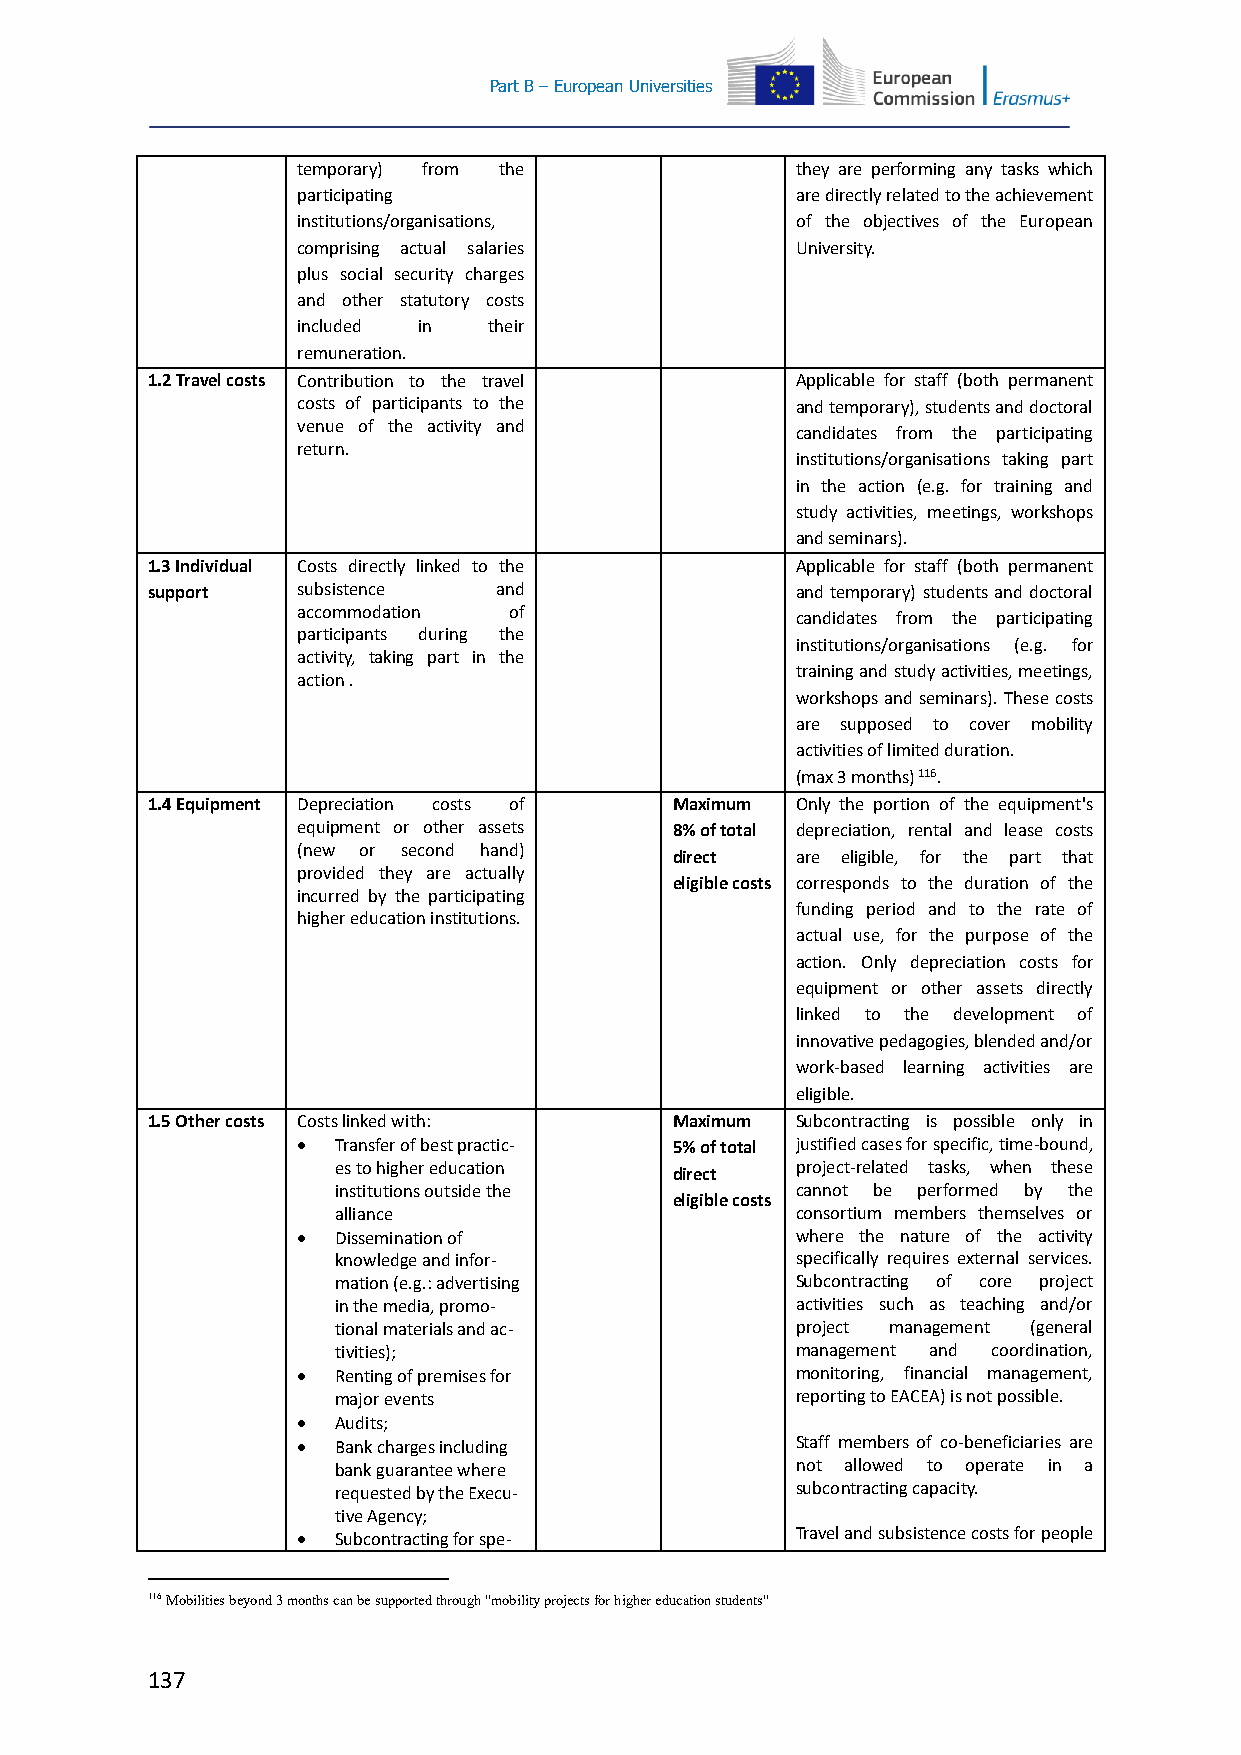
Part B – European Universities
 temporary) from the              they are performing any tasks which
 participating                    are directly related to the achievement
 institutions/organisations,      of the objectives of the European
 comprising actual salaries       University.
 plus social security charges
 and other statutory costs
 included in their
 remuneration.
 1.2 Travel costs Contribution to the travel Applicable for staff (both permanent
 costs of participants to the     and temporary), students and doctoral
 venue of the activity and
 candidates from the participating
 return.
 institutions/organisations taking part
 in the action (e.g. for training and
 study activities, meetings, workshops
 and seminars).
 1.3 Individual Costs directly linked to the Applicable for staff (both permanent
 support   subsistence  and                 and temporary) students and doctoral
 accommodation of
 candidates from the participating
 participants during the
 institutions/organisations (e.g. for
 activity, taking part in the
 training and study activities, meetings,
 action .
 workshops and seminars). These costs
 are supposed to cover mobility
 activities of limited duration.
 (max 3 months) 116.
 1.4 Equipment Depreciation costs of Maximum Only the portion of the equipment's
 equipment or other assets 8% of total depreciation, rental and lease costs
 (new or second hand)
 direct   are eligible, for the part that
 provided they are actually
 eligible costs corresponds to the duration of the
 incurred by the participating
 funding period and to the rate of
 higher education institutions.
 actual use, for the purpose of the
 action. Only depreciation costs for
 equipment or other assets directly
 linked to the development of
 innovative pedagogies, blended and/or
 work-based learning activities are
 eligible.
 1.5 Other costs Costs linked with: Maximum Subcontracting is possible only in
  Transfer of best practic- 5% of total justified cases for specific, time-bound,
 es to higher education direct  project-related tasks, when these
 institutions outside the       cannot be performed by the
 eligible costs
 alliance                       consortium members themselves or
  Dissemination of               where the nature of the activity
 knowledge and infor-           specifically requires external services.
 mation (e.g.: advertising      Subcontracting of core project
 in the media, promo-           activities such as teaching and/or
 tional materials and ac-       project management (general
 tivities);                     management and coordination,
  Renting of premises for        monitoring, financial management,
 major events                   reporting to EACEA) is not possible.
  Audits;
  Bank charges including         Staff members of co-beneficiaries are
 bank guarantee where           not allowed to operate in a
 requested by the Execu-        subcontracting capacity.
 tive Agency;
  Subcontracting for spe-        Travel and subsistence costs for people
 116 Mobilities beyond 3 months can be supported through "mobility projects for higher education students"
 137